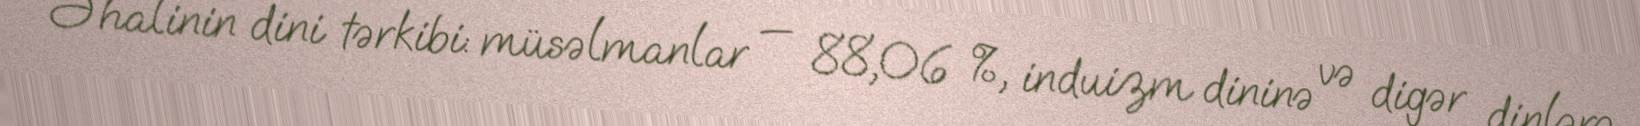
Əhalinin dini tərkibi: müsəlmanlar — 88,06 %, induizm dininə və digər dinlərə